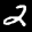
Label: 2